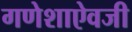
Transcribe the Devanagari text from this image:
गणेशाऐवजी